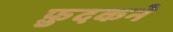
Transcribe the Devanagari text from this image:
फ़ुदकने